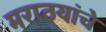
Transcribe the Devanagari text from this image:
मराठयांचे